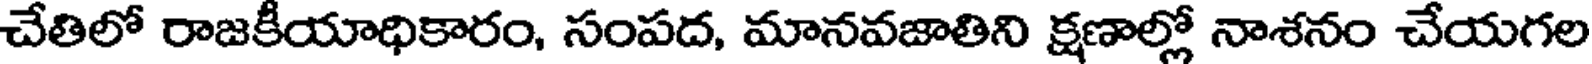
చేతిలో రాజకీయాధికారం, సంపద, మానవజాతిని క్షణాల్లో నాశనం చేయగల